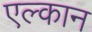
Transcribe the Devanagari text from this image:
एल्कान